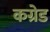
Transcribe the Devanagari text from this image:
कग्रेड